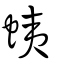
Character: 蛦